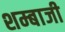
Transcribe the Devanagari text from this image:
शम्बाजी